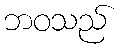
ဘဝသည်